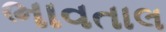
ભાવતાલ